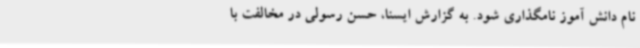
نام دانش آموز نامگذاری شود. به گزارش ایسنا، حسن رسولی در مخالفت با